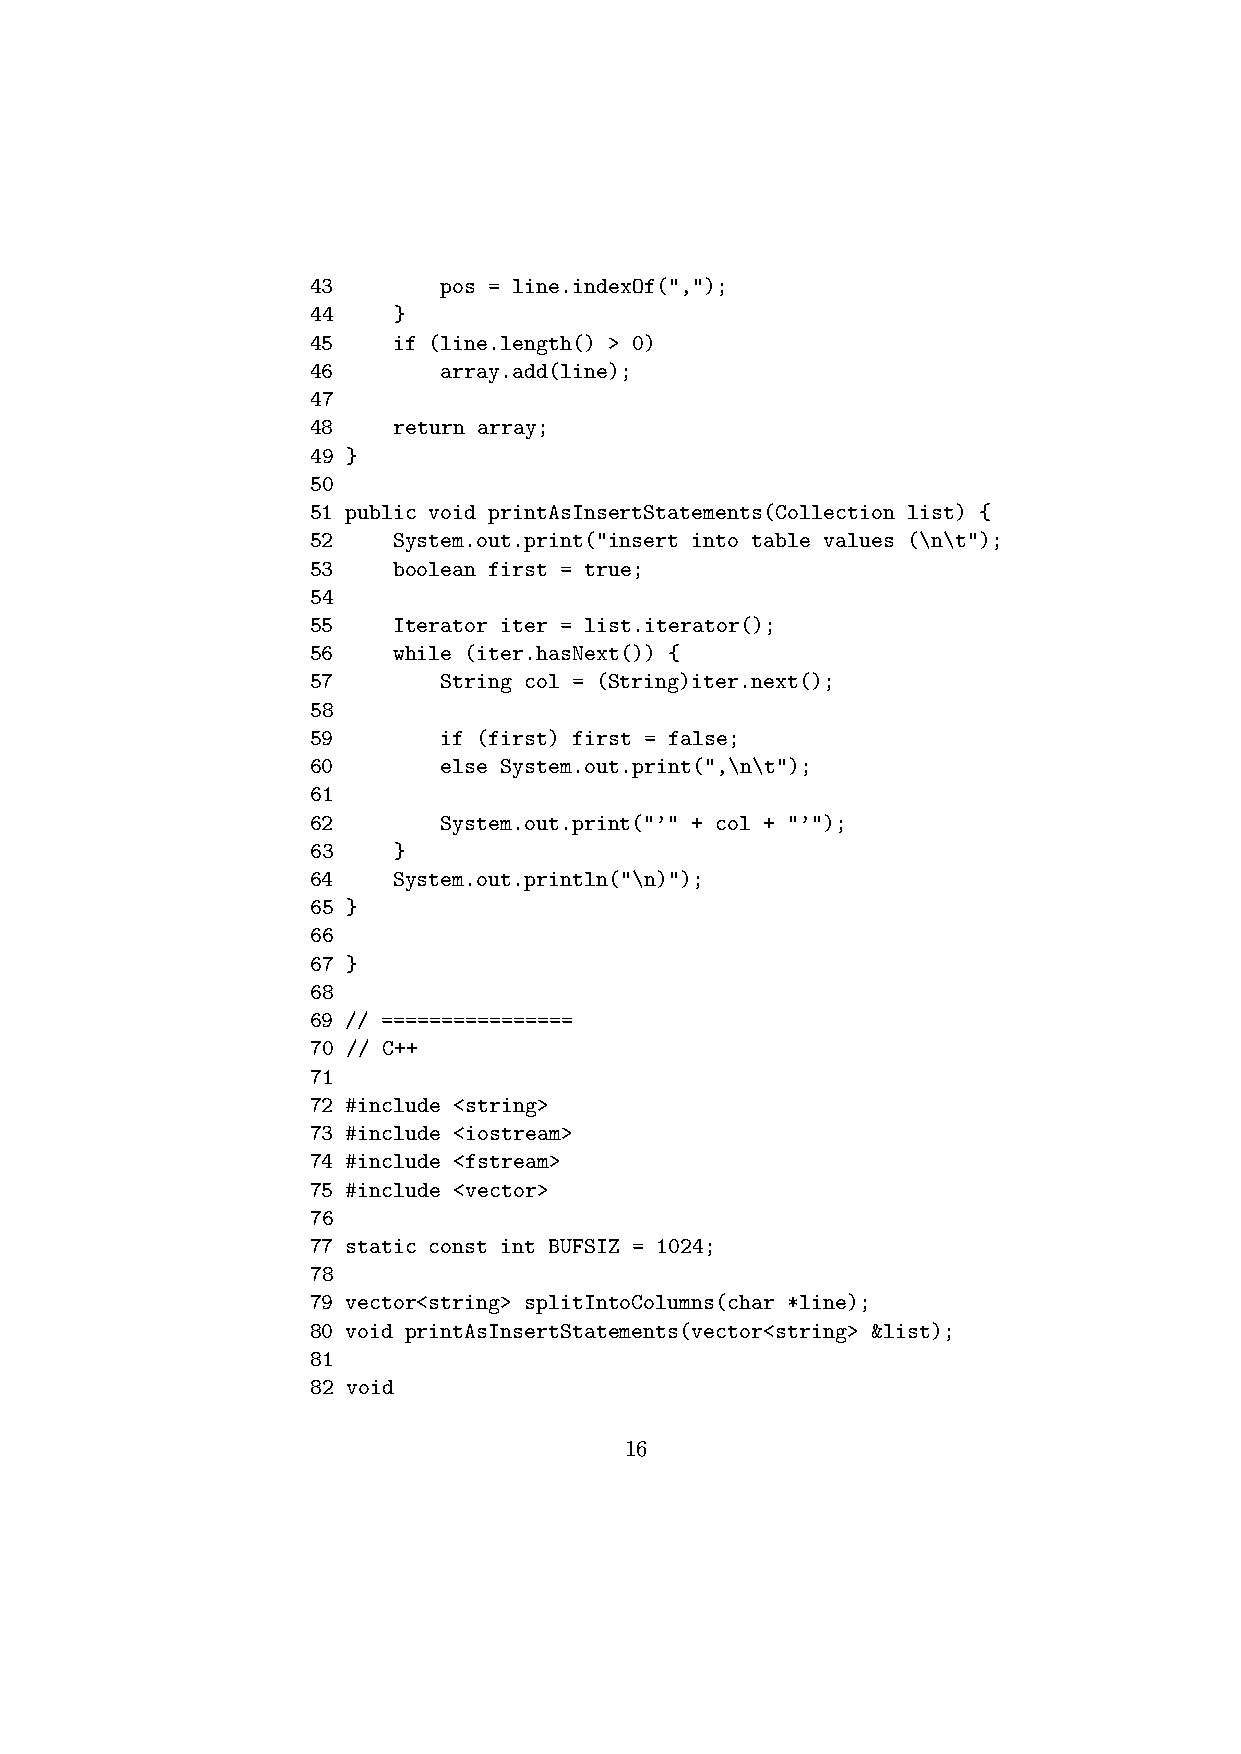
43      pos = line.indexOf(",");
 44   }
 45   if (line.length() > 0)
 46      array.add(line);
 47
 48   return array;
 49 }
 50
 51 public void printAsInsertStatements(Collection list) {
 52   System.out.print("insert into table values (\n\t");
 53   boolean first = true;
 54
 55   Iterator iter = list.iterator();
 56   while (iter.hasNext()) {
 57      String col = (String)iter.next();
 58
 59      if (first) first = false;
 60      else System.out.print(",\n\t");
 61
 62      System.out.print("’" + col + "’");
 63   }
 64   System.out.println("\n)");
 65 }
 66
 67 }
 68
 69 // ================
 70 // C++
 71
 72 #include <string>
 73 #include <iostream>
 74 #include <fstream>
 75 #include <vector>
 76
 77 static const int BUFSIZ = 1024;
 78
 79 vector<string> splitIntoColumns(char *line);
 80 void printAsInsertStatements(vector<string> &list);
 81
 82 void
 16